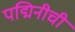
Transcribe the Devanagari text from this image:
पद्मिनीची